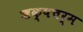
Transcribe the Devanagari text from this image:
ऋक्षचर्म